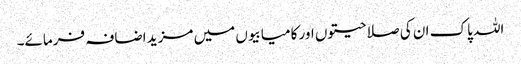
اللہ پاک ان کی صلاحیتوں اور کامیابیوں میں مزید اضافہ فرمائے۔